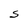
Character: S